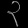
Digit: ၃